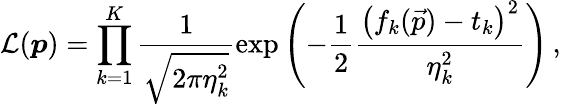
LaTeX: \mathcal{L}(\boldsymbol{p})=\prod_{k=1}^{K}\frac{1}{\sqrt{2\pi\eta_{k}^{2}}}\exp{\left(-\frac{1}{2}\frac{\left(f_{k}(\vec{p})-t_{k}\right)^{2}}{\eta_{k}^{2}}\right)}\, ,